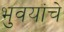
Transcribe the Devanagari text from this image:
भुवयांचे